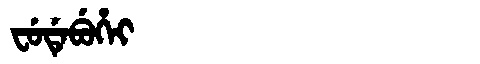
Manchu: ᠸᡠᡩᡝᠪᡠᡥᡝᡳ
Romanization: FUDEBUHEI